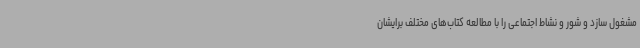
مشغول سازد و شور و ‌نشاط اجتماعی را با مطالعه کتاب‌های مختلف برایشان